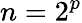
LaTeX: n=2^{p}